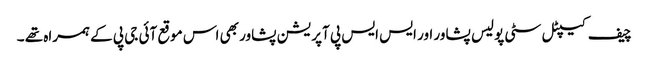
چیف کیپٹل سٹی پولیس پشاور اور ایس ایس پی آپریشن پشاور بھی اس موقع آئی جی پی کے ہمراہ تھے ۔